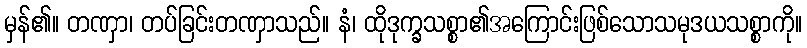
မှန်၏။ တဏှာ၊ တပ်ခြင်းတဏှာသည်။ နံ၊ ထိုဒုက္ခသစ္စာ၏အကြောင်းဖြစ်သောသမုဒယသစ္စာကို။